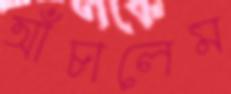
আঁচালেম